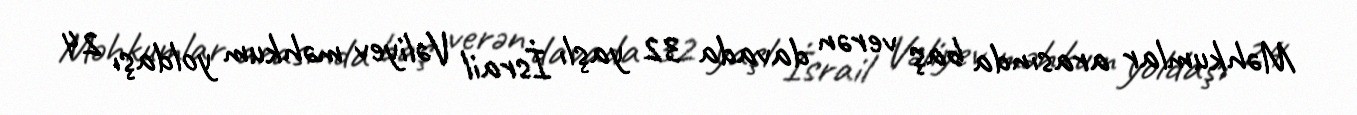
Məhkumlar arasında baş verən davada 32 yaşlı İsrail Vəliyev məhkum yoldaşı 24